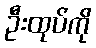
ဦးထုပ်ကို